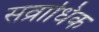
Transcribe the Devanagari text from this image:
सव्राधिक